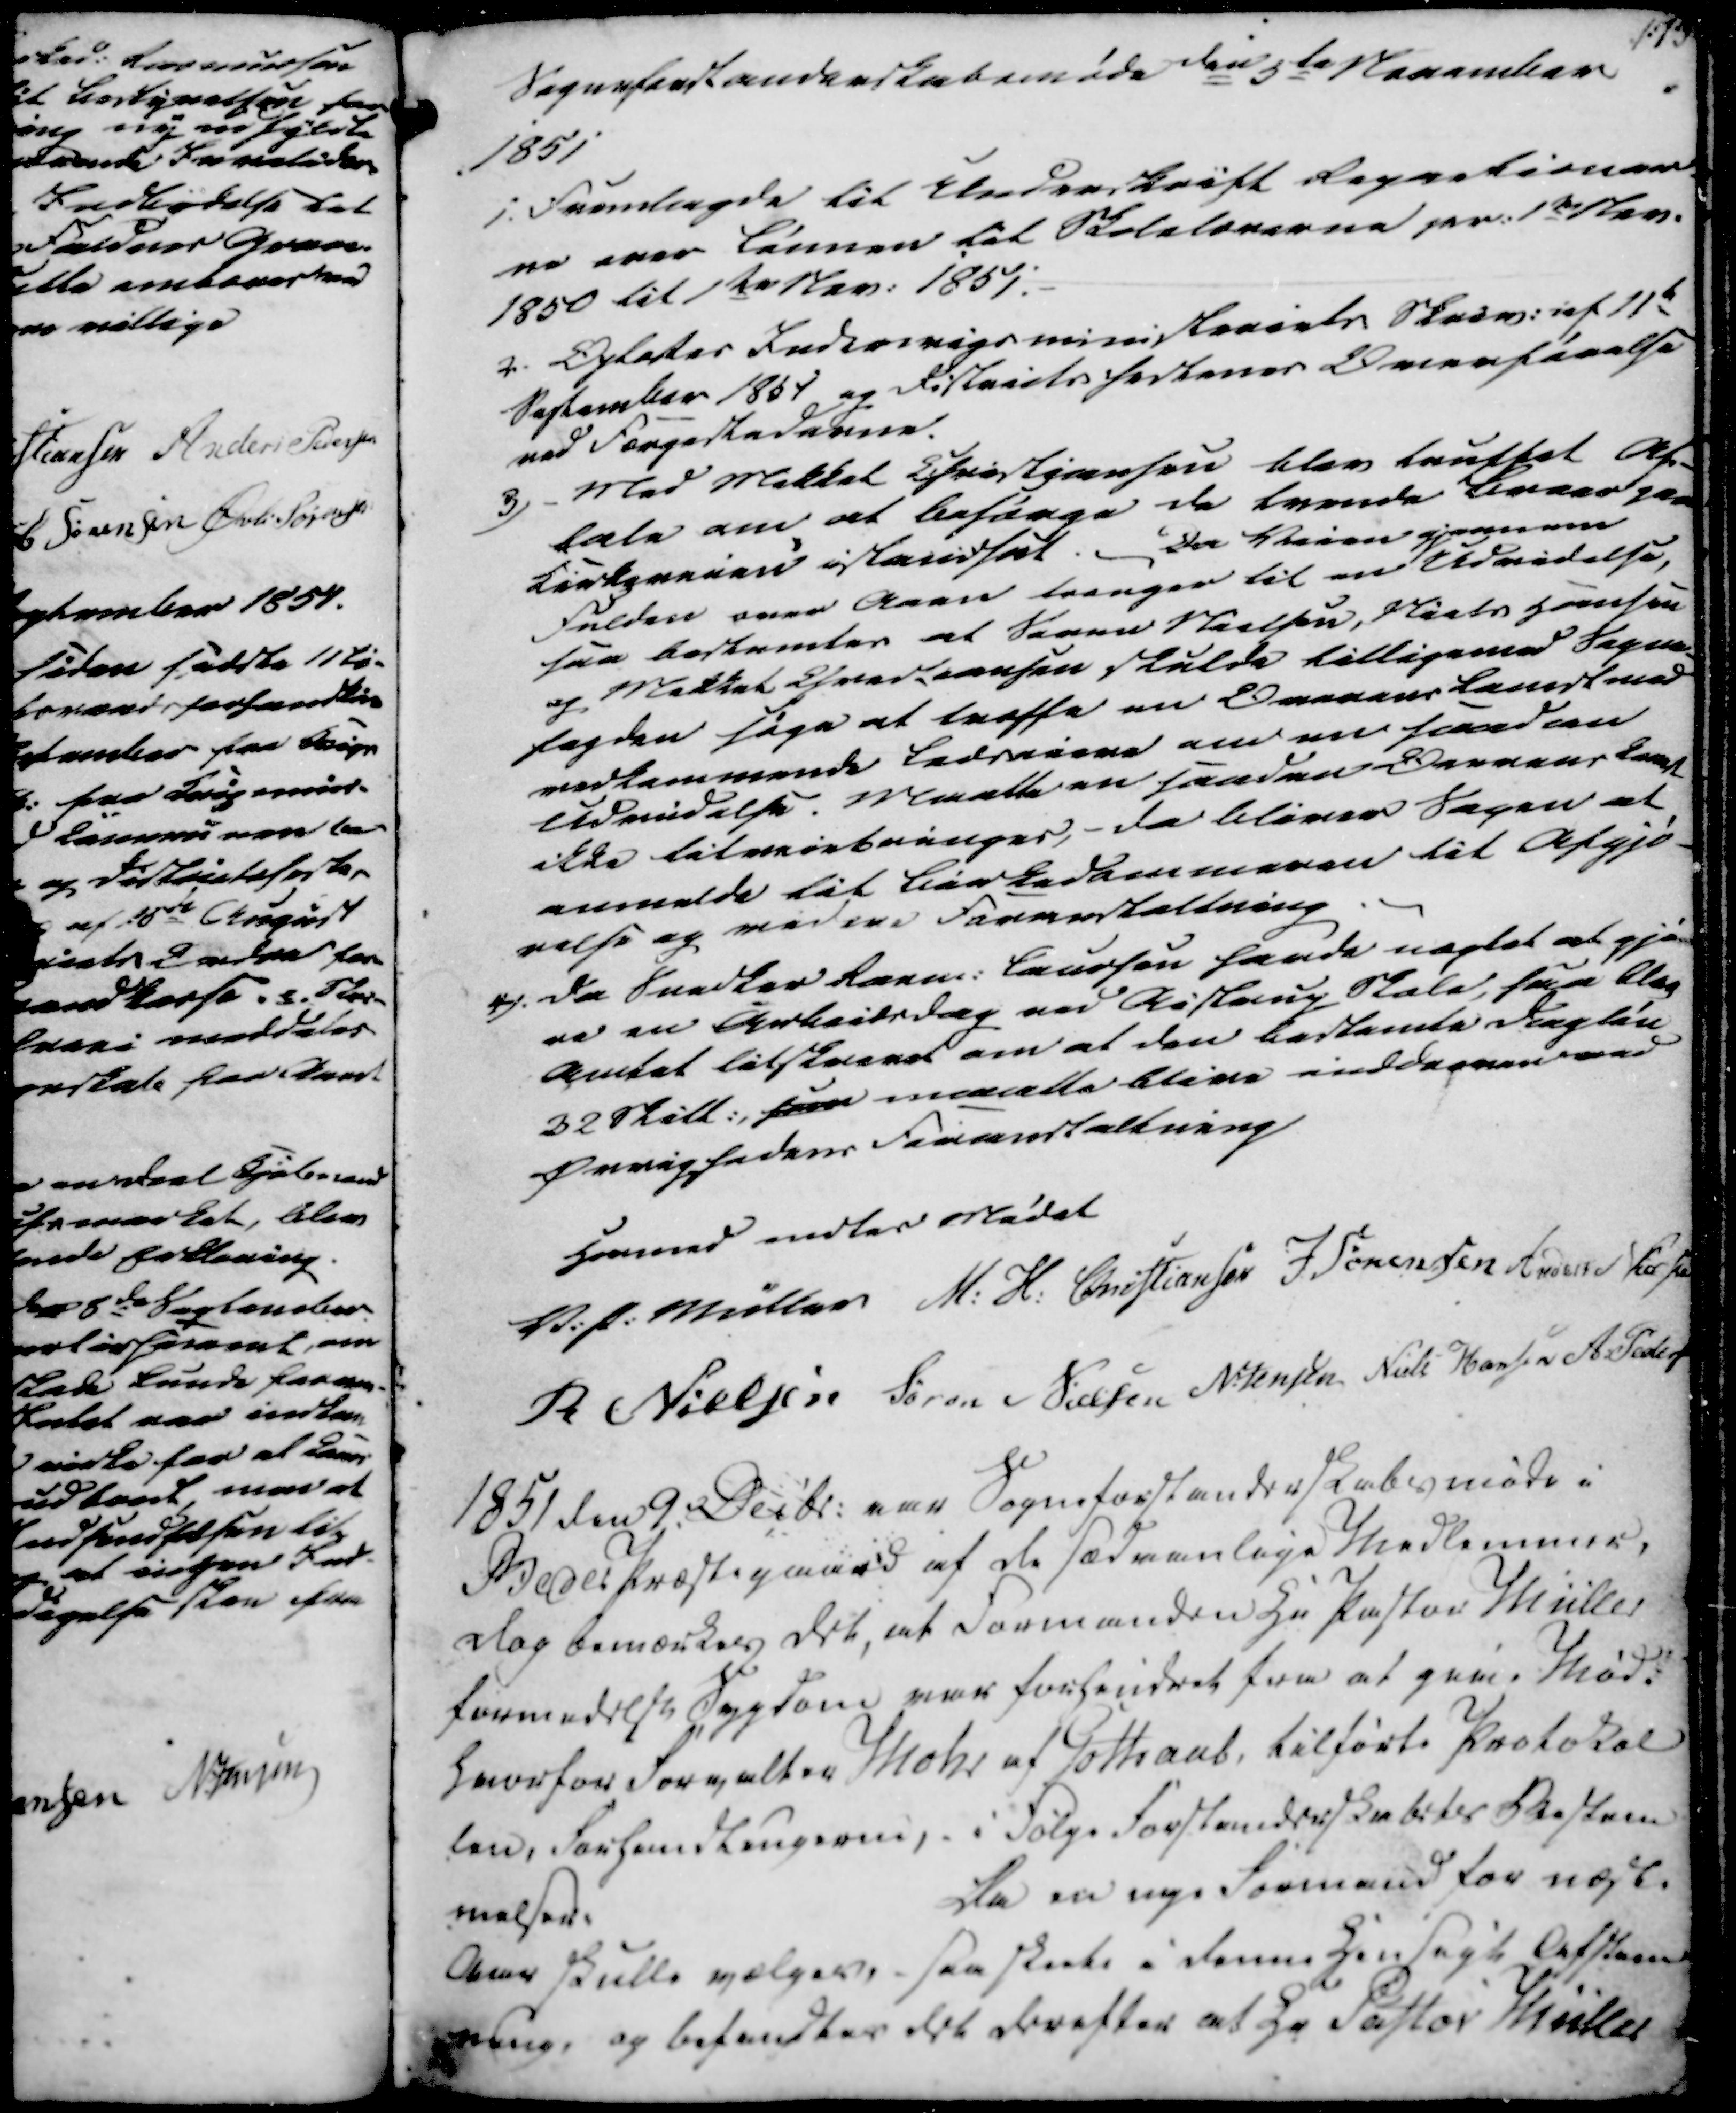
Transskription:
Sogneforstanderskabsmøde den 5te November
1851
1. Fremlagde til Underskrift Repartioner-
ne over Lønnen til Skolelærerne pr. 1te Nov.
1850 til 1te Nov. 1851.
2. Oplæstes Indenrigsministeriets Skriv. af 11te
September 1851 og Districtshestenes Overførelse
ved Færgestederne.
3) - Med Mikkel Christiansen blev truffet Af-
tale om at Besørge de tvende Broer paa
Kirkeveien istandsat.
Da Veien gjennem
Fulden over Aaen trænger til en Udvidelse,
saa bestemtes at Søren Nielsen, Niels Hansen
og Mikkel Chrestiansen skulde tilligemed Sogne-
fogden søge at træffe en Overenskomst med
vedkommende Lodseiere om en saadan
Udvidelse. Maatte en saadan Overenskomst
ikke tilveiebringes,- da bliver Sagen at
anmelde til Birkedommeren til Afgjø-
relse og videre Foranstaltning
4). Da Snedker Rasm. Laursen havde nægtet at gjø-
re en Arbeidsdag ved Aistrup Skole, saa blev
Amtet tilskrevet om at den bestemte Dagløn
32 Skill. som maatte blive inddreven ved
Øvrighedens Foranstaltning

Hermed endtes Mødet
V. P. Müller
M. H. Christiansen
J Sørensen
Anders Nielsen
R Nielsen
Søren Nielsen
N. Jensen
Niels Hansen
A. Pedersen

1851 den 9. Decbr. var Sogneforstanderskabsmøde i
Beder Præstegaard af de sædvanlige Medlemmer, 
Dog bemærkes det, at Formanden Hr Pastor Müller
formedelst Sygdom var forhindret fra at give Møde
hvorfor Forvalter Mohr af Gothaab, tilførte Protokol
-len, Forhandlingerne, i Følge Forstanderskabets Bestem
-melser:
Da en nye Formand for næste
Aar skulle vælges,- saa skeete i denne Hensigt Afstem
ning, og befandtes det derefter at Hr Pastor Müller